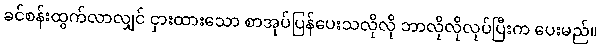
ခင်စန်းထွက်လာလျှင် ငှားထားသော စာအုပ်ပြန်ပေးသလိုလို ဘာလိုလိုလုပ်ပြီးက ပေးမည်။